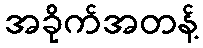
အခိုက်အတန့်